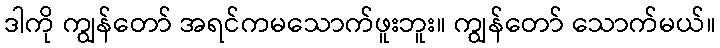
ဒါကို ကျွန်တော် အရင်ကမသောက်ဖူးဘူး။ ကျွန်တော် သောက်မယ်။